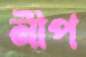
নীপ